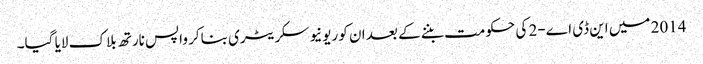
2014 میں این ڈی اے-2 کی حکومت بننے کے بعد ان کو ریونیو سکریٹری بناکر واپس نارتھ بلاک لایا گیا۔